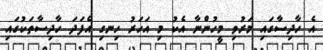
އެ ހާދިސާގައި މަރުވި މީހުންނާ އެކު މި އަހަރު ހިނގި އެފަދަ ހާދިސާތަކުގައި